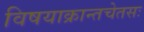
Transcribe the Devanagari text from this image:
विषयाक्रान्तचेतसः